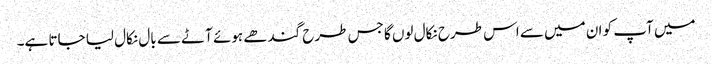
میں آپ کو ان میں سے اس طرح نکال لوں گا جس طرح گندھے ہوئے آٹے سے بال نکال لیا جاتا ہے۔